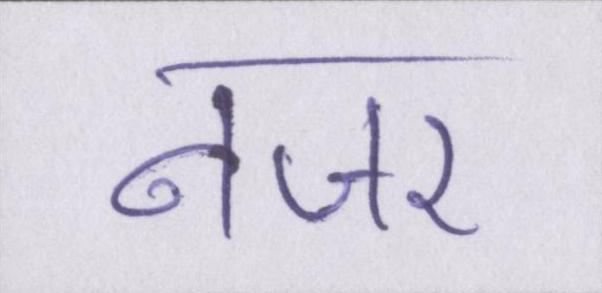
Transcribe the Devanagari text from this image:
नजर